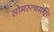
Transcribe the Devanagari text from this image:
सोमस्त्वमसि